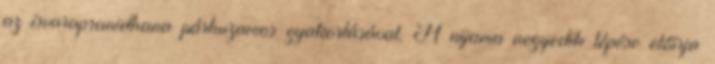
az ísvarapranidhana párhuzamos gyakorlásával. A nijama negyedik lépése előírja